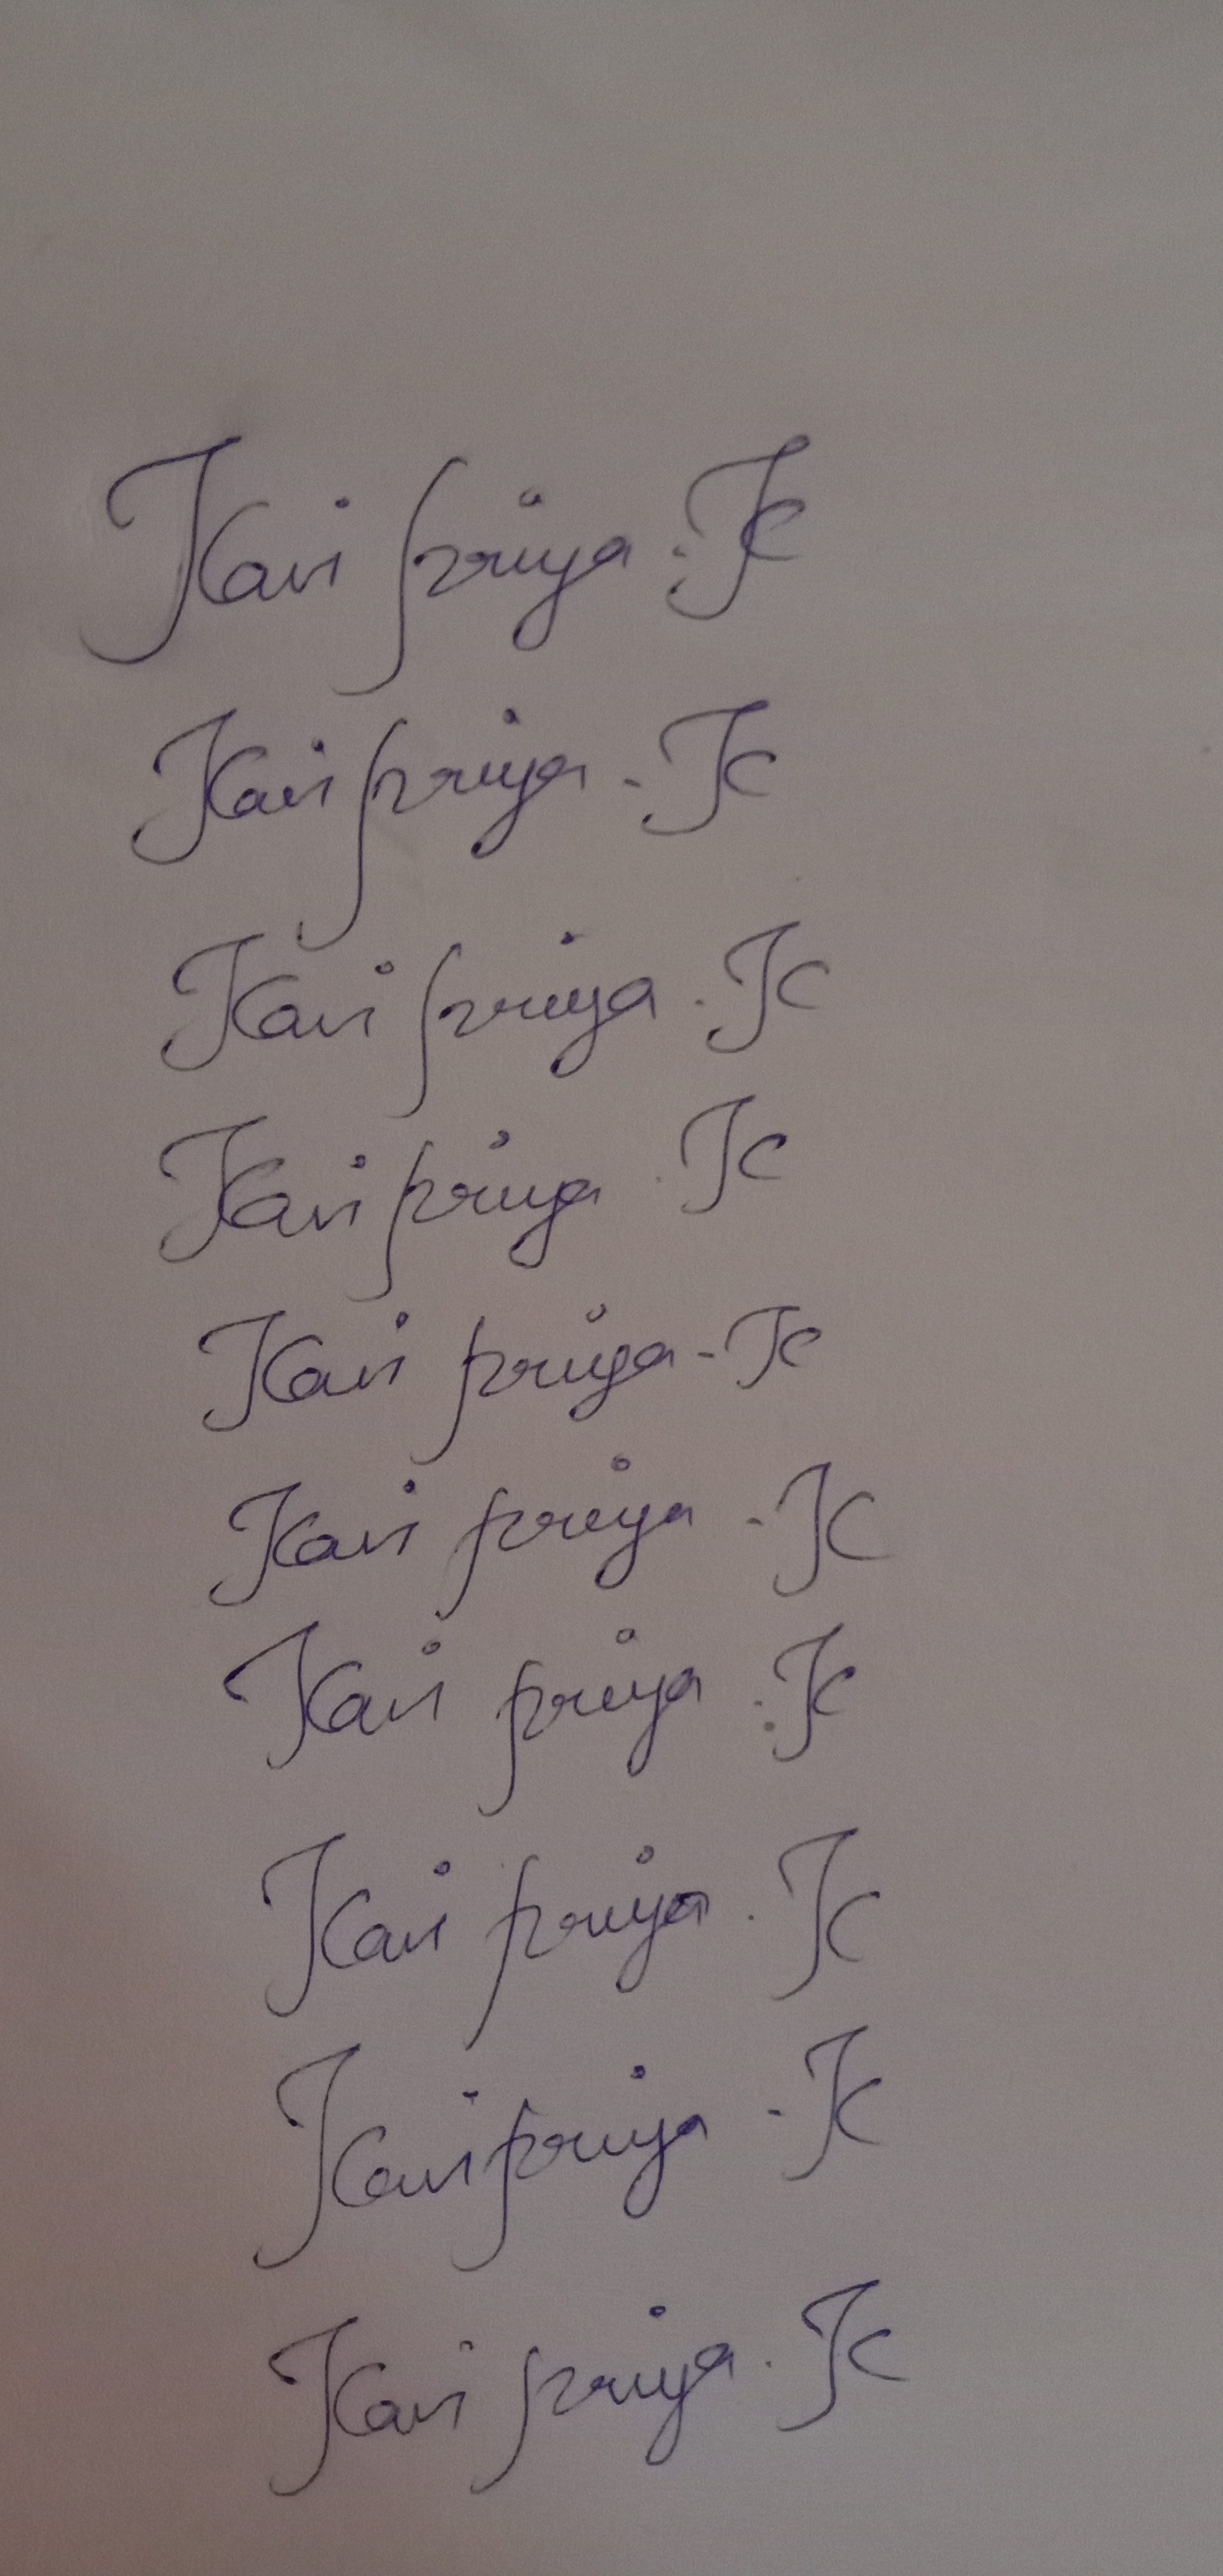
Signature authenticity: genuine